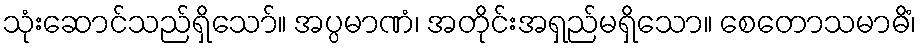
သုံးဆောင်သည်ရှိသော်။ အပ္ပမာဏံ၊ အတိုင်းအရှည်မရှိသော။ စေတောသမာဓိံ၊